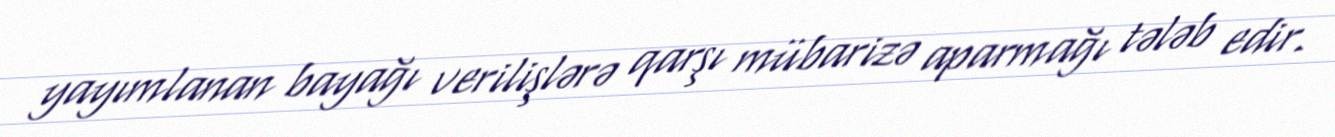
yayımlanan bayağı verilişlərə qarşı mübarizə aparmağı tələb edir.